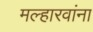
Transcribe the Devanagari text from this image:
मल्हारवांना